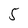
Character: 5